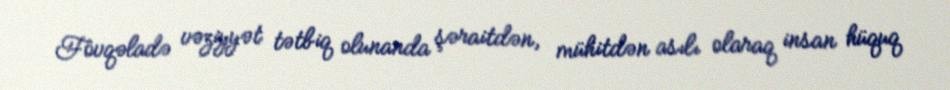
Fövqəladə vəziyyət tətbiq olunanda şəraitdən, mühitdən asılı olaraq insan hüquq